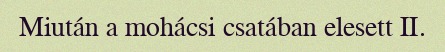
Miután a mohácsi csatában elesett II.